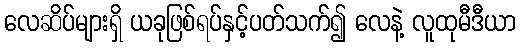
လေဆိပ်များရှိ ယခုဖြစ်ရပ်နှင့်ပတ်သက်၍ လေနဲ့ လူထုမီဒီယာ